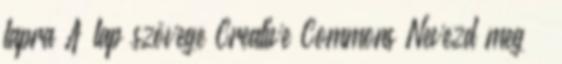
lapra A lap szövege Creative Commons Nevezd meg –